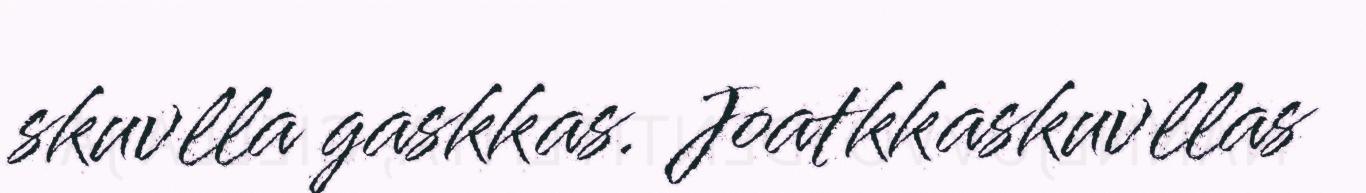
skuvlla gaskkas. Joatkkaskuvllas